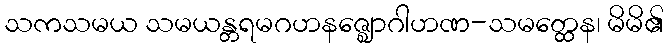
သကသမယ သမယန္တရမဂဟနဇ္ဈောဂါဟဏ-သမတ္ထေန၊ မိမိ၏